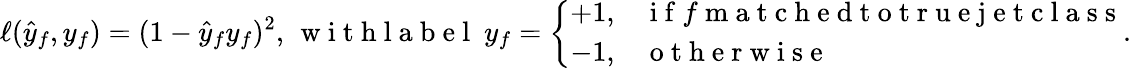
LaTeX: \ell(\hat{y}_{f},y_{f})=(1-\hat{y}_{f}y_{f})^{2},\, \mathrm{~w~i~t~h~l~a~b~e~l~\ }y_{f}=\left\{ \begin{array}{ll}{+1,}&{\mathrm{~i~f~}f\mathrm{~m~a~t~c~h~e~d~t~o~t~r~u~e~j~e~t~c~l~a~s~s~}}\\ {-1,}&{\mathrm{~o~t~h~e~r~w~i~s~e~}}\end{array}\right..